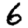
Digit: 6